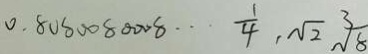
0 . 8 0 8 0 0 8 0 0 0 8 \cdots \frac { 1 } { 4 } , \sqrt { 2 } \sqrt [ 3 ] { 8 }